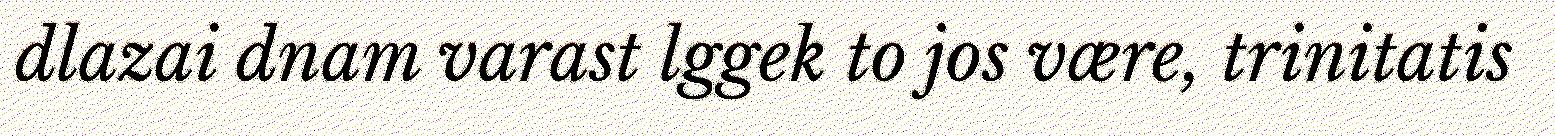
dlazai dnam varast lggek to jos være, trinitatis